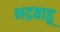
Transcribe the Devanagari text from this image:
भद्रबाहू